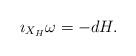
LaTeX: \begin{align*}\imath_{X_H} \omega = -dH.\end{align*}